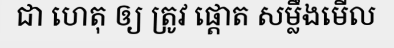
ជា ហេតុ ឲ្យ ត្រូវ ផ្តោត សម្លឹងមើល